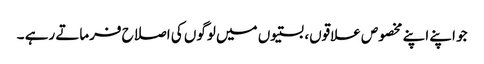
جو اپنے اپنے مخصوص علاقوں، بستیوں میں لوگوں کی اصلاح فرماتے رہے ۔